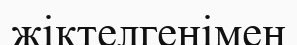
жіктелгенімен